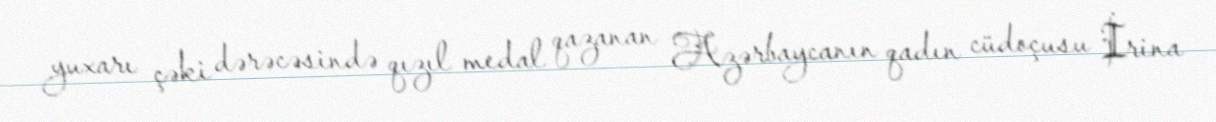
yuxarı çəki dərəcəsində qızıl medal qazanan Azərbaycanın qadın cüdoçusu İrina